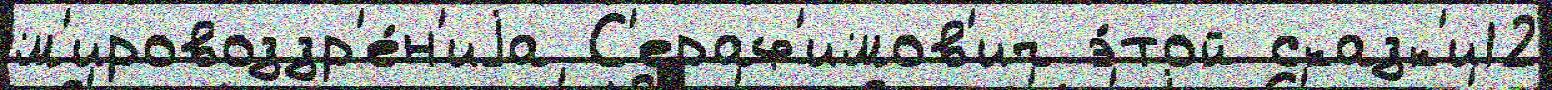
м'ировоззр'е́н'иjа С'ераф'имов'ич э́той сказк'и12